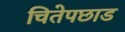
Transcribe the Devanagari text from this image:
चितेपछाड